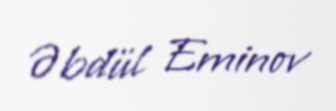
Əbdül Eminov